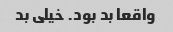
واقعا بد بود. خیلی بد